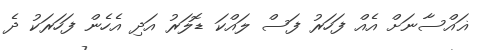
ޣައްސާނަށް އެއް ފަހަރު ފަސް ލައްކަ ޑޮލަރު އަދި އެހެން ފަހަރަކު ދެ